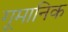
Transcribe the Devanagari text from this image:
गूमानिक